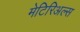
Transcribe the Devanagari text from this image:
मेटिरिअल्स